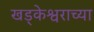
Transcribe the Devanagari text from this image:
खड्केश्वराच्या